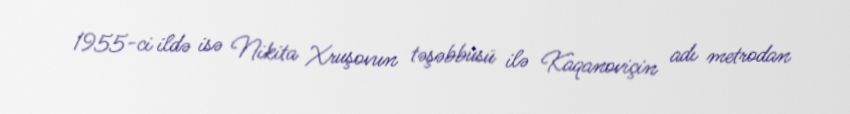
1955-ci ildə isə Nikita Xruşovun təşəbbüsü ilə Kaqanoviçin adı metrodan